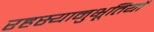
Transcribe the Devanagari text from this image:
रहस्यानुभूतियों